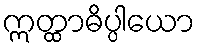
ဣတ္ထာဓိပ္ပါယော